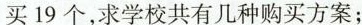
买19个，求学校共有几种购买方案；